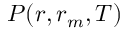
P ( r , r _ { m } , T )